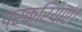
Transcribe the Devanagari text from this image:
प्रक्रियाएं।